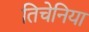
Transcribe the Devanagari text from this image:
तिचेनिया